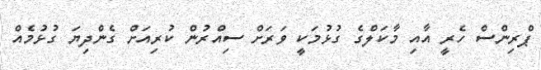
ޕްރިންސް ހެރީ އާއި މާކަލްގެ ގުޅުމަކީ ވަރަށް ސިއްރުން ކުރިއަށް ގެންދިޔަ ގުޅުމެއް